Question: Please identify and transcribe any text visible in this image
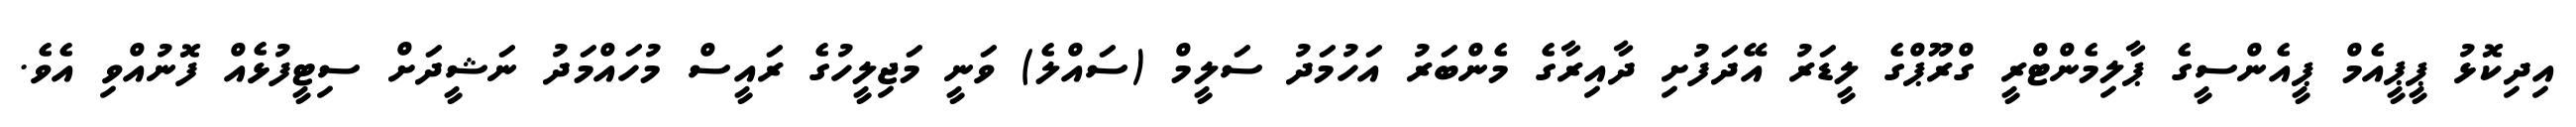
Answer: އިދިކޮޅު ޕީޕީއެމް ޕީއެންސީގެ ޕާލިމެންޓްރީ ގްރޫޕްގެ ލީޑަރު އޭދަފުށި ދާއިރާގެ މެންބަރު އަހުމަދު ސަލީމް (ސައްލެ) ވަނީ މަޖިލީހުގެ ރައީސް މުހައްމަދު ނަޝީދަށް ސިޓީފުޅެއް ފޮނުއްވި އެވެ.